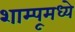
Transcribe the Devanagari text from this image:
शाम्पूमध्ये